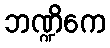
ဘဏ္ဍိကေ